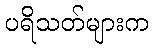
ပရိသတ်များက